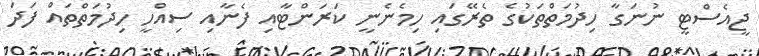
ޖީއެސްޓީ ނުނަގާ ހިދުމަތްތަކުގެ ތެރޭގައި ހިމެނެނީ ކަރަންޓާއި ފެނާއި ސިއްހީ ހިދުމަތްތައް ފަދަ